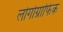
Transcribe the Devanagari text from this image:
लोगोग्राफिक